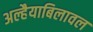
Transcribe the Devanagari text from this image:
अल्हैयाबिलावल